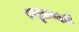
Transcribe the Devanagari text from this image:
रघूत्तमौ